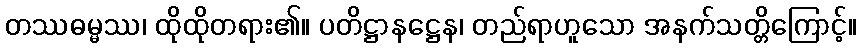
တဿဓမ္မဿ၊ ထိုထိုတရား၏။ ပတိဋ္ဌာနဋ္ဌေန၊ တည်ရာဟူသော အနက်သတ္တိကြောင့်။